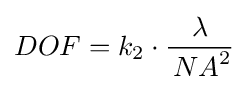
DOF=k_{2}\cdot {\frac {\lambda }{\,{NA}^{2}}}